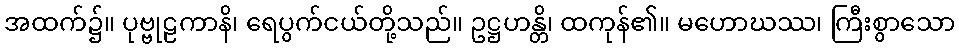
အထက်၌။ ပုဗ္ဗုဠကာနိ၊ ရေပွက်ငယ်တို့သည်။ ဥဋ္ဌဟန္တိ၊ ထကုန်၏။ မဟောဃဿ၊ ကြီးစွာသော